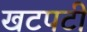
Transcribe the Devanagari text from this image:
खटपटी